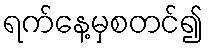
ရက်နေ့မှစတင်၍